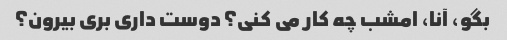
بگو، آنا، امشب چه کار می کنی؟ دوست داری بری بیرون؟